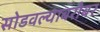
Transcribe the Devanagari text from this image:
सोडवल्याबरोबर